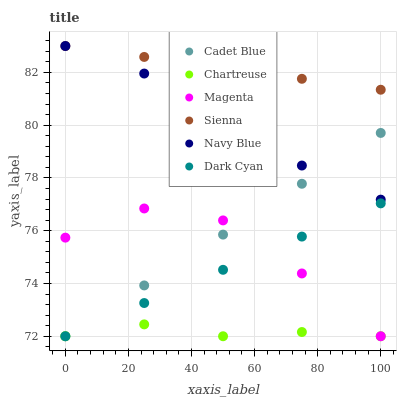
| xaxis_label | Cadet Blue | Chartreuse | Magenta | Sienna | Navy Blue | Dark Cyan |
 | --- | --- | --- | --- | --- | --- | --- |
 | 0 | 72 | 72 | 75.7 | 83 | 83 | 72 |
 | 25 | 73.9 | 72.5 | 76.8 | 82.6 | 82 | 73.3 |
 | 50 | 75.9 | 72 | 76.4 | 82.2 | 79.7 | 74.5 |
 | 75 | 77.8 | 72.2 | 74.4 | 81.8 | 78.5 | 75.8 |
 | 100 | 79.7 | 72 | 72 | 81.3 | 77.2 | 77 |